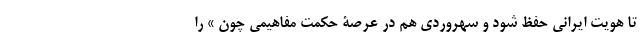
تا هویت ایرانی حفظ شود و سهروردی هم در عرصۀ حکمت مفاهیمی چون » را